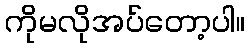
ကိုမလိုအပ်တော့ပါ။